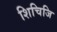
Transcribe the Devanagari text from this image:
शिचिजि